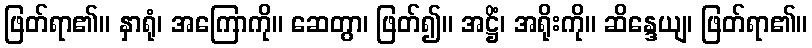
ဖြတ်ရာ၏။ နှာရုံ၊ အကြောကို။ ဆေတွာ၊ ဖြတ်၍။ အဋ္ဌိံ၊ အရိုးကို။ ဆိန္ဒေယျ၊ ဖြတ်ရာ၏။